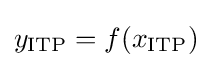
y_{\text{ITP}}=f(x_{\text{ITP}})